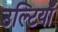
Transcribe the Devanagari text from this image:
उल्टियाँ